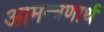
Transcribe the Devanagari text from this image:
आमन्त्रणार्थ